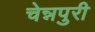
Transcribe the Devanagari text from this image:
चेन्नपुरी